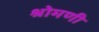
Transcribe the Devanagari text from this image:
श्रोमणी